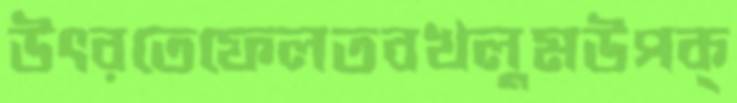
উৎরতেফেলতবখলুমউপক্